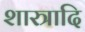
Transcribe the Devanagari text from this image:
शास्त्रादि